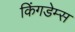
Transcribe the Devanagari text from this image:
किंगडेम्स